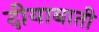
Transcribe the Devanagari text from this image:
दीयाबाती